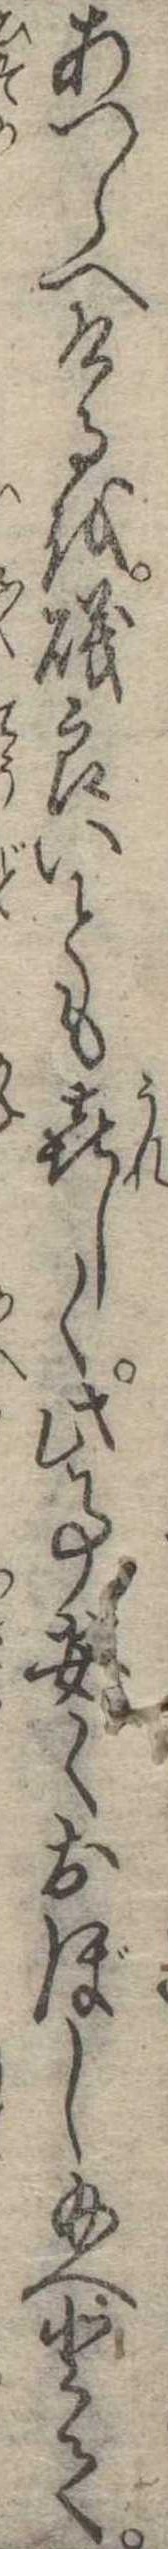
あつらへけるを磯良いとも喜しく此事安くおぼし給へとて